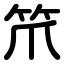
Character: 笊